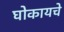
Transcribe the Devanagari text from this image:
घोकायचे